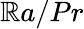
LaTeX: \mathbb{R}a/Pr